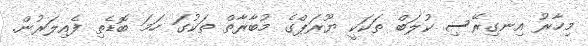
މިހާރު އިނގިރޭސި ކުލަބް ތަކަކީ ޔޫރަޕްގެ މުބާރާތް ތަކުގަ ހަމަ ބޮޑެތި ފެއިލަރުން.